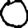
Digit: 0